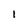
Character: I